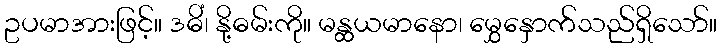
ဥပမာအားဖြင့်။ ဒဓိံ၊ နို့ဓမ်းကို။ မန္ထယမာနော၊ မွှေနှောက်သည်ရှိသော်။